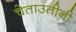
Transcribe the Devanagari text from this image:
चेताउतीनी